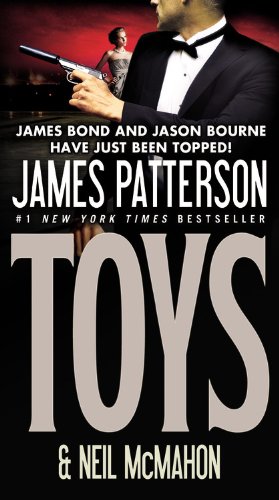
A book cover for Toys; James Patterson; Science Fiction & Fantasy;